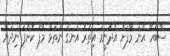
ސާބަހޭ އޭނަ މާފަށް އެދުނީމަ އިތުރު އަނގަ ނުތަޅާ މާފު ކޮށްފަ ނިދަން